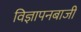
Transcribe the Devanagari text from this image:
विज्ञापनबाजी